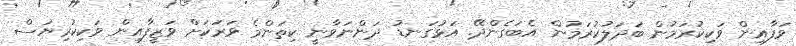
ވަފާއިން ވަކިކުރަމުން ބަދަލުކުރަމުން އެބަގެންދޭ. އަޅުގަނޑު ދަންނަވާނީ ކިތަންމެ ވަރަކަށް ވަޒީފާއިން ވަކިކުރިޔަސް